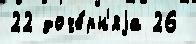
22 доче́рн'яjа 26